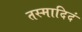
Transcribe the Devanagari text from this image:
तस्मादिदं